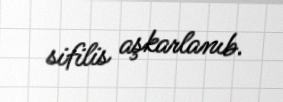
sifilis aşkarlanıb.